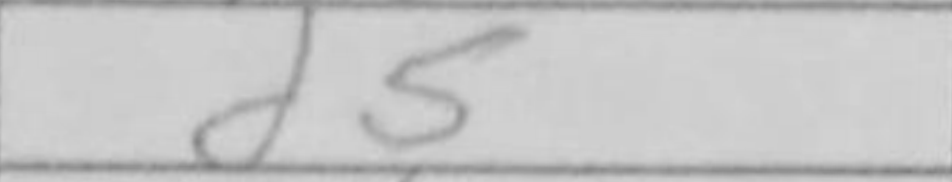
Transcription: d5